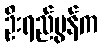
ဦးရည်မွန်က